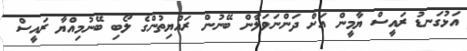
އަޅުގަނޑު ރައީސް ޔާމީން އަށް ދަންނަވަލާން ބޭނުން ރައްޔިތުންގެ ލޯބި ބޭނުމިއްޔާ ރައީސް